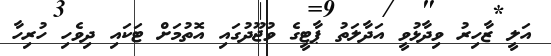
އަލީ ޒާހިރު ވިދާޅުވީ އަދާލަތު ޕާޓީގެ ވުޖޫދުގައި އޮތުމަށް ޓަކައި ދިވެހި ހުރިހާ